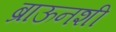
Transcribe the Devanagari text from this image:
ब्राऊनशी